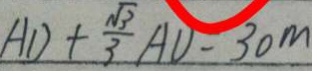
A D + \frac { \sqrt { 3 } } { 3 } A D = 3 0 m